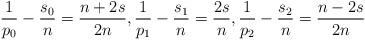
LaTeX: \begin{align*} \frac{1}{p_0}-\frac{s_0}{n}=\frac{n+2s}{2n},\frac{1}{p_1}-\frac{s_1}{n}=\frac{2s}{n},\frac{1}{p_2}-\frac{s_2}{n}=\frac{n-2s}{2n} \end{align*}